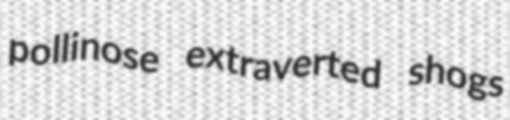
pollinose extraverted shogs